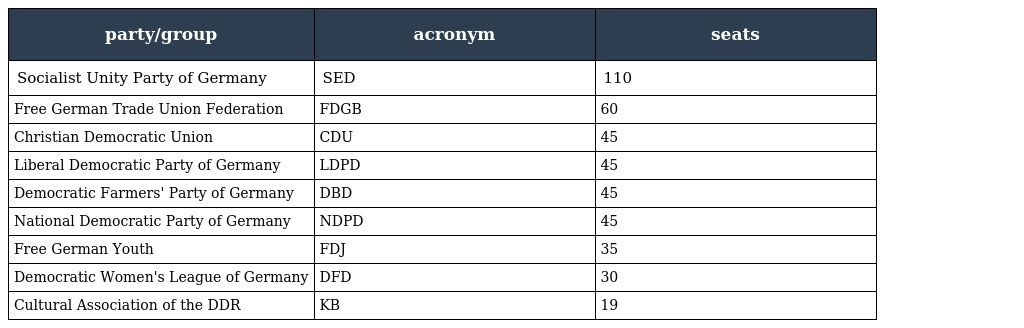
| party/group | acronym | seats |
 | --- | --- | --- |
 | Socialist Unity Party of Germany | SED | 110 |
 | Free German Trade Union Federation | FDGB | 60 |
 | Christian Democratic Union | CDU | 45 |
 | Liberal Democratic Party of Germany | LDPD | 45 |
 | Democratic Farmers' Party of Germany | DBD | 45 |
 | National Democratic Party of Germany | NDPD | 45 |
 | Free German Youth | FDJ | 35 |
 | Democratic Women's League of Germany | DFD | 30 |
 | Cultural Association of the DDR | KB | 19 |